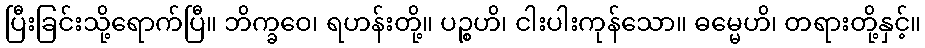
ပြီးခြင်းသို့ရောက်ပြီ။ ဘိက္ခဝေ၊ ရဟန်းတို့။ ပဉ္စဟိ၊ ငါးပါးကုန်သော။ ဓမ္မေဟိ၊ တရားတို့နှင့်။